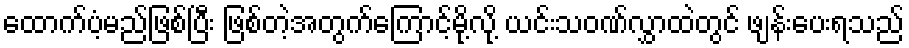
ထောက်ပံ့မည်ဖြစ်ပြီး ဖြစ်တဲ့အတွက်ကြောင့်မို့လို့ ယင်းသဝဏ်လွှာထဲတွင် ဖျန်းပေးရသည်